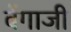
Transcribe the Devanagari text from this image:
बेंगाजी